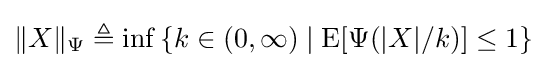
\|X\|_{\Psi }\triangleq \inf \left\{k\in (0,\infty )\mid \operatorname {E} [\Psi (|X|/k)]\leq 1\right\}